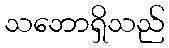
သဘောရှိသည်